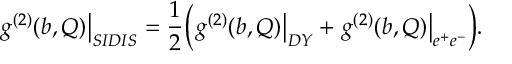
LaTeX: \left. g ^ { ( 2 ) } ( b , Q ) \right| _ { S I D I S } = \frac { 1 } { 2 } \Bigl ( \left. g ^ { ( 2 ) } ( b , Q ) \right| _ { D Y } + \left. g ^ { ( 2 ) } ( b , Q ) \right| _ { e ^ { + } e ^ { - } } \Bigr ) .